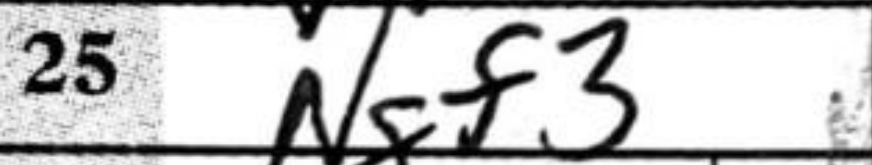
Transcription: Ngf3